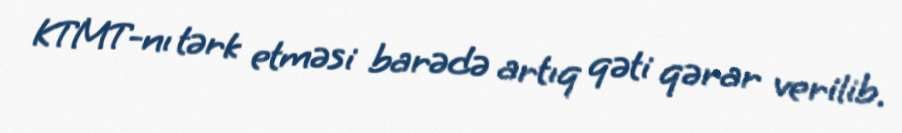
KTMT-nı tərk etməsi barədə artıq qəti qərar verilib.